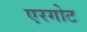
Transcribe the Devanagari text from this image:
एरगोट